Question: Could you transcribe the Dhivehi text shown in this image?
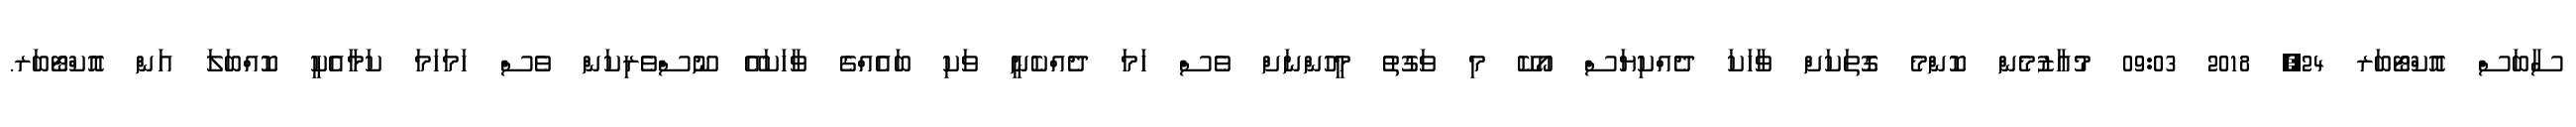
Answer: ސާބަސް އޮކްޓޯބަރ 24, 2018 09:03 މުއާޒުމެން ކޮންމެ ގޮތަކަށް ވާހަކަ ދެއްކިޔަސް އޯކޭ މި ވަގުތު މީހުންނަށް ވެސް ހަމަ ދެއްކެނީ ވަކި ބައެއްގެ ވާހަކައޭ ނޫސްވެރިކަން ވެސް ހަމަހަމަ ކަމާއެކީ ކޮއްބަލަ އަން އޮކްޓޯބަރ.